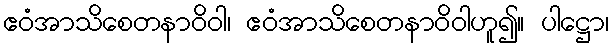
ဧဝံအာသိစေတနာဝိဝါ၊ ဧဝံအာသိစေတနာဝိဝါဟူ၍။ ပါဋ္ဌော၊